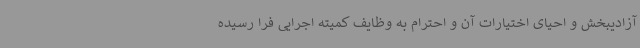
آزادیبخش و احیای اختیارات آن و احترام به وظایف کمیته اجرایی فرا رسیده‌